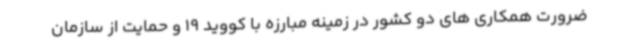
ضرورت همکاری های دو کشور در زمینه مبارزه با کووید 19 و حمایت از سازمان